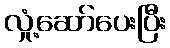
လှုံ့ဆော်ပေးပြီး